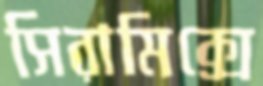
সিরামিক্সে